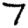
Digit: 7